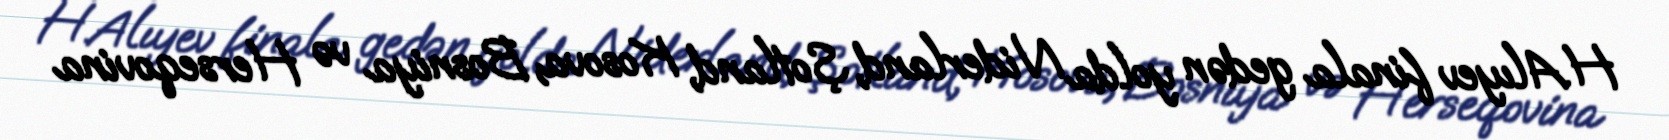
H.Alıyev finala gedən yolda Niderland, Şotland, Kosova, Bosniya və Herseqovina